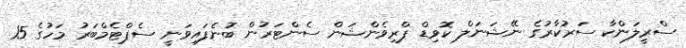
ސްރީލަންކާ ސަރުކާރުގެ ނޭޝަނަލް ކޮވިޑް ޕްރިވެންޝަން ސެންޓަރުން ބުނެފައިވަނީ ސެޕްޓެމްބަރު މަހުގެ 15